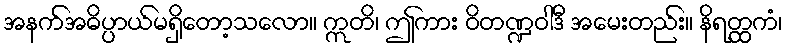
အနက်အဓိပ္ပာယ်မရှိတော့သလော။ ဣတိ၊ ဤကား ဝိတဏ္ဍဝါဒီ အမေးတည်း။ နိရတ္ထကံ၊